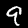
Label: 9